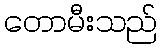
တောမီးသည်